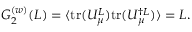
G _ { 2 } ^ { ( w ) } ( L ) = \langle \mathrm { t r } ( U _ { \mu } ^ { L } ) \mathrm { t r } ( U _ { \mu } ^ { \dag L } ) \rangle = L .